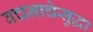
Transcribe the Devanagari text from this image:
वचनाचेसुद्धा